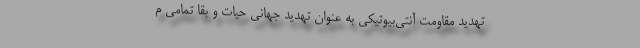
تهدید مقاومت آنتی‌بیوتیکی به عنوان تهدید جهانی حیات و بقا تمامی م